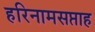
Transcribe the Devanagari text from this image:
हरिनामसप्ताह